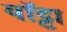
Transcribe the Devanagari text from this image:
यॉट्टा